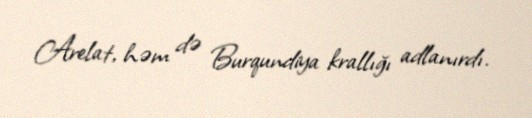
Arelat, həm də Burqundiya krallığı adlanırdı.